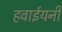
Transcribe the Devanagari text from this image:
हवाईयनी